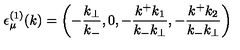
{ \epsilon } _ { \mu } ^ { ( 1 ) } ( k ) = \left( - \frac { k _ { \bot } } { k _ { - } } , 0 , - \frac { k ^ { + } k _ { 1 } } { k _ { - } k _ { \bot } } , - \frac { k ^ { + } k _ { 2 } } { k _ { - } k _ { \bot } } \right)